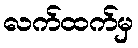
လက်ထက်မှ